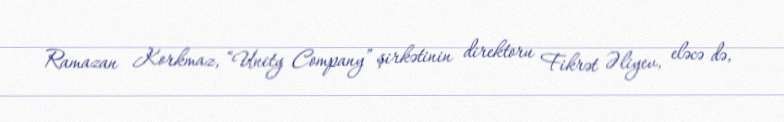
Ramazan Korkmaz, “Unity Company” şirkətinin direktoru Fikrət Əliyev, eləcə də,